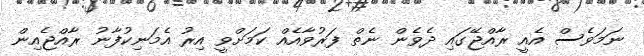
ނަމަވެސް އެއީ ރާއްޖޭގައި ދެވެން ނެތް ފަރުވާއެއް ކަމަށްވީ އިރު އެމަނިކުފާނު ރާއްޖެއިން